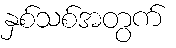
နှစ်သစ်အတွက်